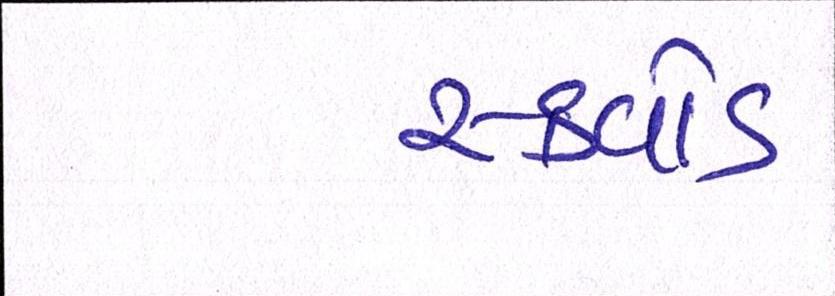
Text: સ્ક્વોડ